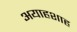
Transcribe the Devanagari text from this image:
अयाहशाह